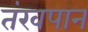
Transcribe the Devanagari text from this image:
तंखपान